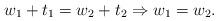
LaTeX: \begin{align*} w_1 + t_1 = w_2 + t_2 \Rightarrow w_1 = w_2.\end{align*}